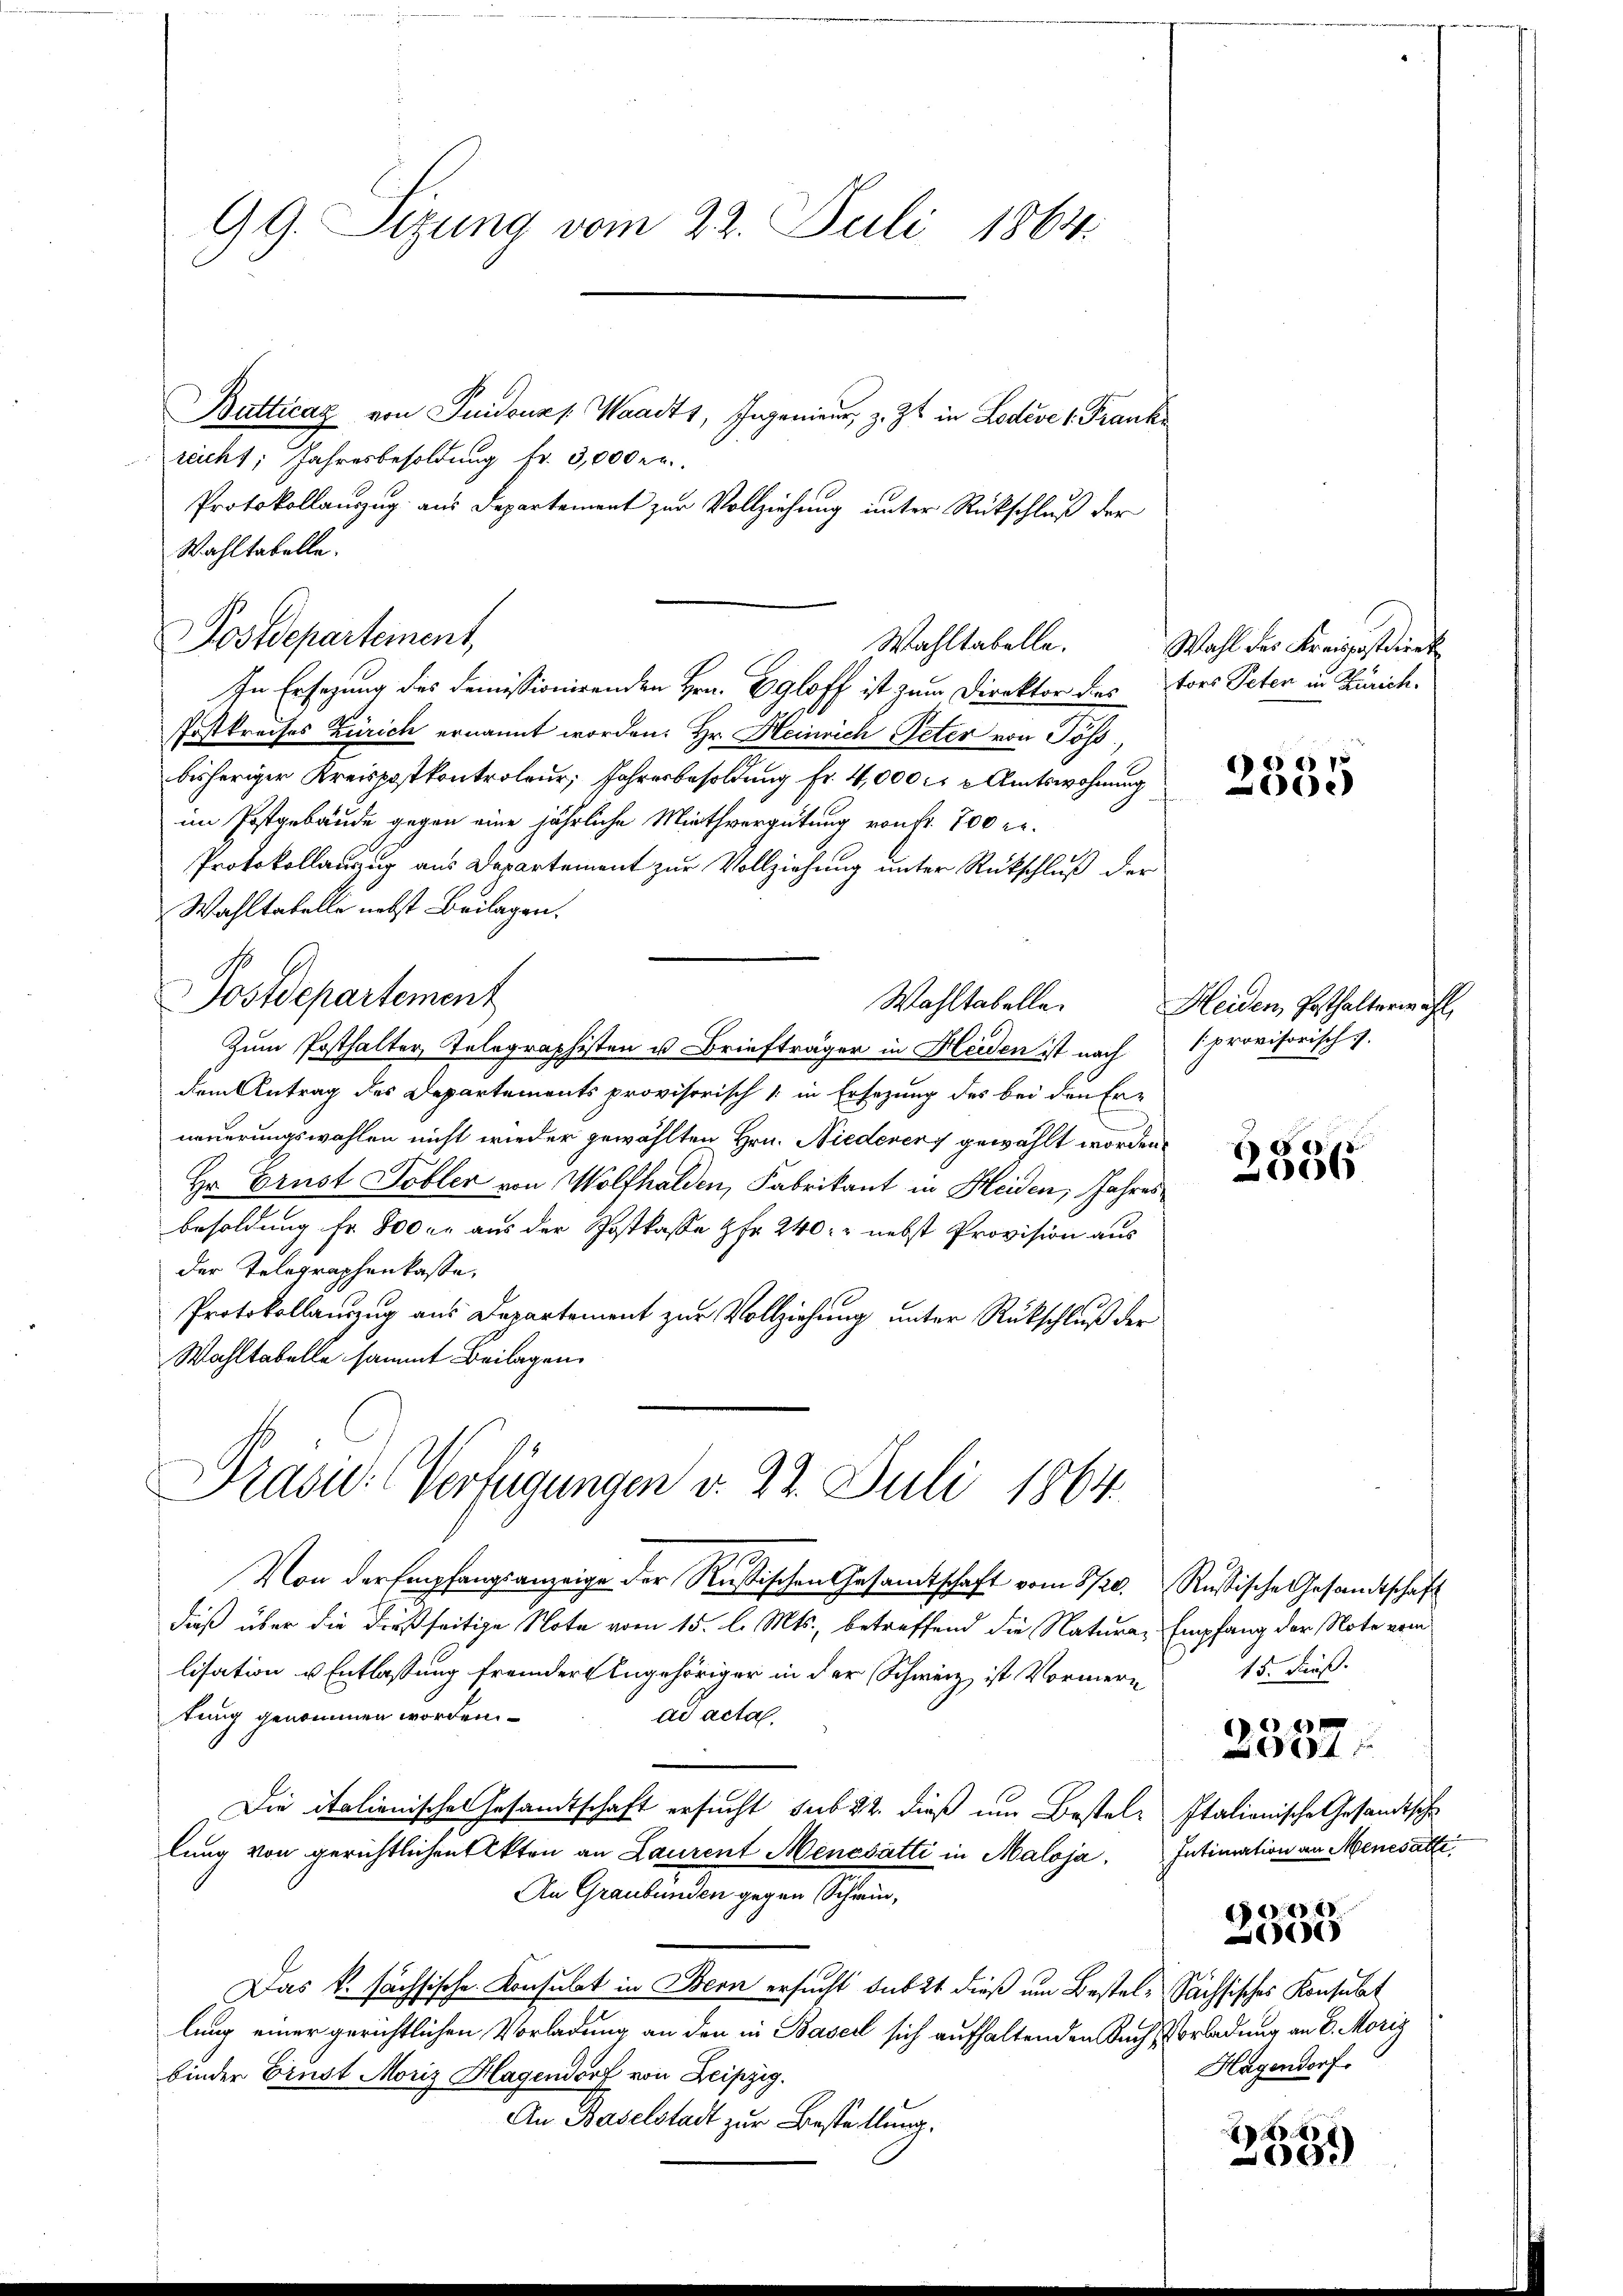
99. Sizung vom 22. Juli 1864.

Postdepartement

Butticag von Guidones Waadt, Ingenieur, z. Zt. in Lodeve 1. Franke
reicht; Jahresbesoldung fr. 3,000 rl.
Protokollauszug aus Departement zur Vollziehung unter Rückschluß der
Wahltatelle.
Postdepartement,
In Ersezung des Semissionirenden Hrn. Egloff ist zum Direktor des Vors Peten in Zürich.
Postkreises Zürich ernannt worden. Hr. Heinrich Peter von Pöss
bisheriger Kreispostkontroleur; Jahresbesoldung fr. 4,000 M u Amtswohnung
im Postgebäude gegen eine jährliche Miethvergütung von fr. 700 r.
Protokollauszug aus Departement zur Vollziehung unter Rückschluß der
Wahltatelle nebst Beilagen.
Zum Posthalter, Telegraphisten u Briefträger in Heiden ist nach
dem Antrag des Departements provisorisch 1 in Ersezung des bei den Erneuerungswahlen nicht wieder gewählten Hrn. Niederers gewählt worden.
Hr. Grust Tobler von Wolfhalden, Fabrikant in Heiden, Jahres
besoldung fr. 800 er aus der Postkasse 4 Fr. 240: nebst Provision aus
der Telegraphenkasse,
Protokollauszug aus Departement zŭr Vollziehŭng ŭnter Rückschluß der
Wahltabelle sammt Beilagen
Präsid: Verfügungen v. 22. Juli 1864.
Von der Empfangsanzeige der Rußischen Gesamtschaft vom 5/20. Rußische Gesandtschaft
dieß über die dießseitige Note vom 15. l. Mts., betreffend die Natura, Empfang der Note vom
lisation u. Entlassung fremder Angehöriger in der Schweiz, ist Vormern
tung genommen worden.
ad acta.
Die italienisches Gesamtschaft ersucht sub 22. dieß um Bestel- Italienische Gesandtsche
lung von gerichtlichen Akten an Laurent Menesatti in Maloja. Intimation an Menesalte
An Graubünden gegen Schwin¬
Das k. sächsische Konsulat in Bern ersucht sub 21 dieß um Bestel-Sachsisches Konsulat
lung einer gerichtlichen Vorladung an den in Basell sich aufhaltenden Fach Vorladung an Sr. Moriz
binder Brust Moriz Hagendorf von Leipzig.
An Baselstadt zur Bestellung.

Wahltabelle.

Wahltabelle.

Wahl des Kreissastdiret

62
e

Heiden, Gasthalterwähl
/provisorisch 7.

.
956

15. Fuß.
2 x
4x

Hagendorf

100
06)

4
09.